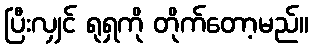
ပြီးလျှင် ရုရှကို တိုက်တော့မည်။